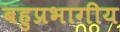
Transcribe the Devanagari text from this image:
बहुप्रभागीय